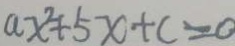
a x ^ { 2 } + 5 x + c = 0